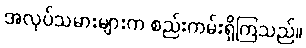
အလုပ်သမားများက စည်းကမ်းရှိကြသည်။